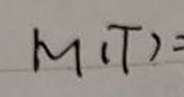
$m(T)=$